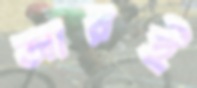
আরই